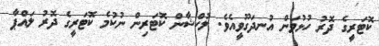
ކޮޓަރީގެ ދޮރު ހުޅުވަން އުނދަގޫވީއެވެ. ލުކްޝާން ކޮޓަރިން ނުކުމެ ކޮޓަރީގެ ދޮރު ލައްޕާ